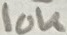
Text: 10K